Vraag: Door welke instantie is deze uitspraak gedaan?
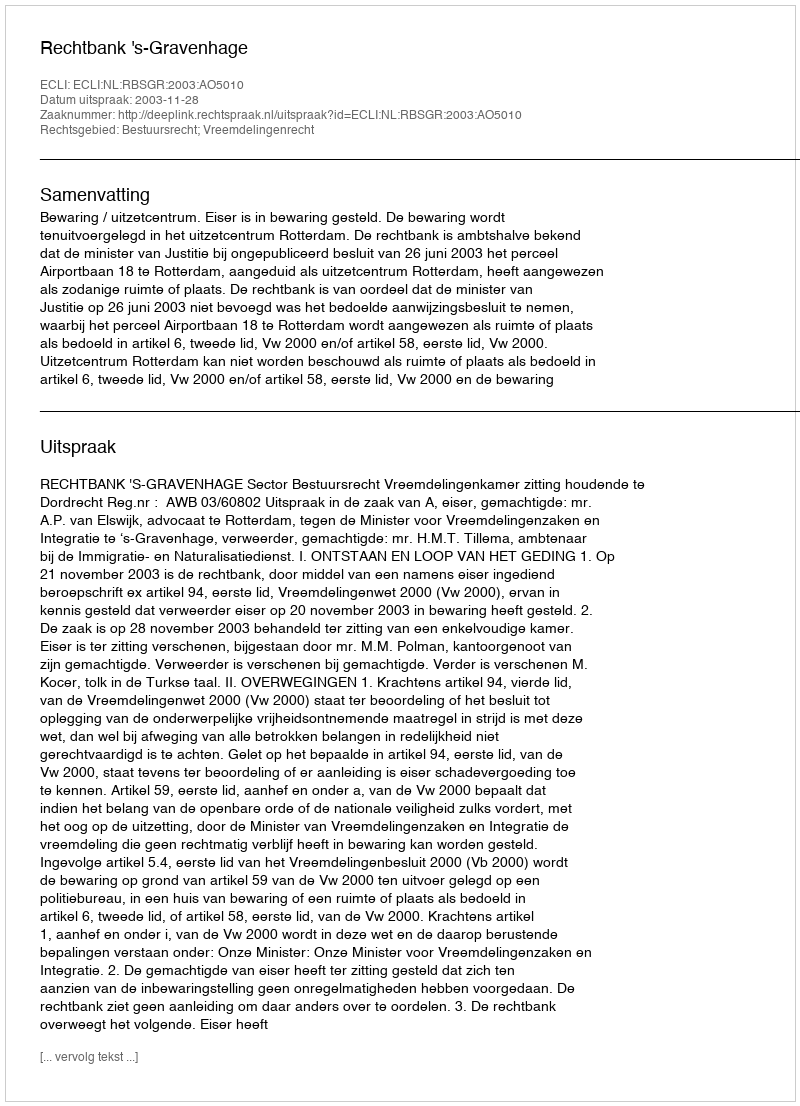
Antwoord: Rechtbank 's-Gravenhage